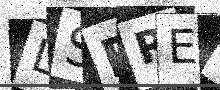
Text: LSEREN